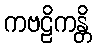
ကဗဠိကန္တိ